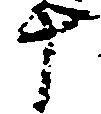
十